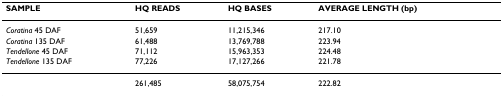
<table><thead><tr><td><b>SAMPLE</b></td><td><b>HQ READS</b></td><td><b>HQ BASES</b></td><td><b>AVERAGE LENGTH (bp)</b></td></tr></thead><tbody><tr><td><i>Coratina </i>45 DAF</td><td>51,659</td><td>11,215,346</td><td>217.10</td></tr><tr><td><i>Coratina </i>135 DAF</td><td>61,488</td><td>13,769,788</td><td>223.94</td></tr><tr><td><i>Tendellone </i>45 DAF</td><td>71,112</td><td>15,963,353</td><td>224.48</td></tr><tr><td><i>Tendellone </i>135 DAF</td><td>77,226</td><td>17,127,266</td><td>221.78</td></tr><tr><td></td><td>261,485</td><td>58,075,754</td><td>222.82</td></tr></tbody></table>